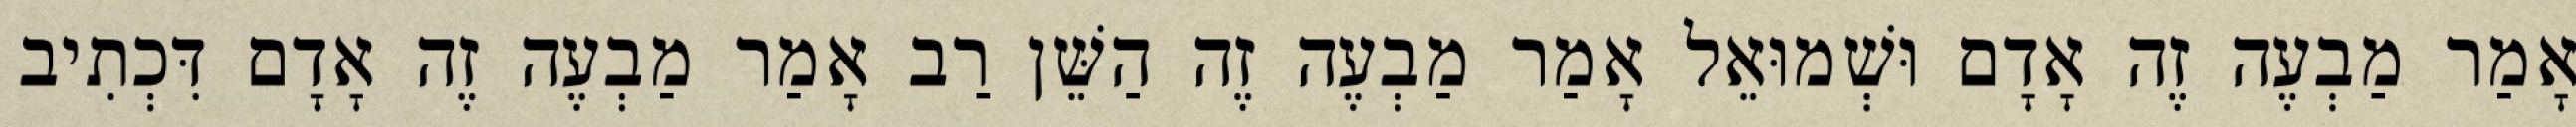
אָמַר מַבְעֶה זֶה אָדָם וּשְׁמוּאֵל אָמַר מַבְעֶה זֶה הַשֵּׁן רַב אָמַר מַבְעֶה זֶה אָדָם דִּכְתִיב